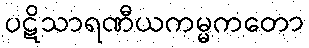
ပဋိသာရဏီယကမ္မကတော